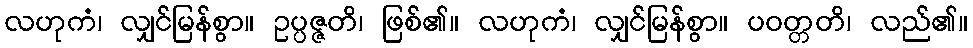
လဟုကံ၊ လျှင်မြန်စွာ။ ဥပ္ပဇ္ဇတိ၊ ဖြစ်၏။ လဟုကံ၊ လျှင်မြန်စွာ။ ပဝတ္တတိ၊ လည်၏။